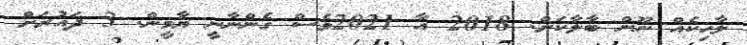
ލާހިކެއް ނޫން ބާލާކަށް. 2018 އާ 2021ވެސް ގެންނާނީ ޔާމީން. 3 ދައުރަށް